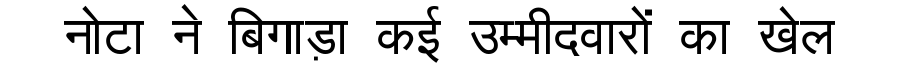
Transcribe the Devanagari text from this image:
नोटा ने बिगाड़ा कई उम्मीदवारों का खेल